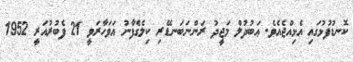
ކޮނޑުފުޅުގައި އެޅިއްޖެއެވެ. ޢަބުދުލް މަޖީދު ރަންނަބަނޑޭރި ކިލެގެފާނު އަވަހާރަވީ 21 ފެބުރުއަރީ 1952